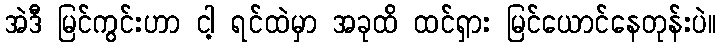
အဲဒီ မြင်ကွင်းဟာ ငါ့ ရင်ထဲမှာ အခုထိ ထင်ရှား မြင်ယောင်နေတုန်းပဲ။